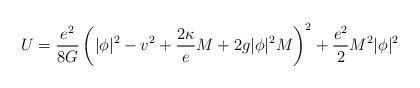
LaTeX: \begin{align*}U=\frac{e^2}{8G}\left( |\phi |^2-v^2+\frac{2\kappa }eM+2g|\phi |^2M\right)^2+\frac{e^2}2M^2|\phi |^2 \end{align*}